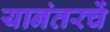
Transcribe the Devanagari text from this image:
यानंतरचें